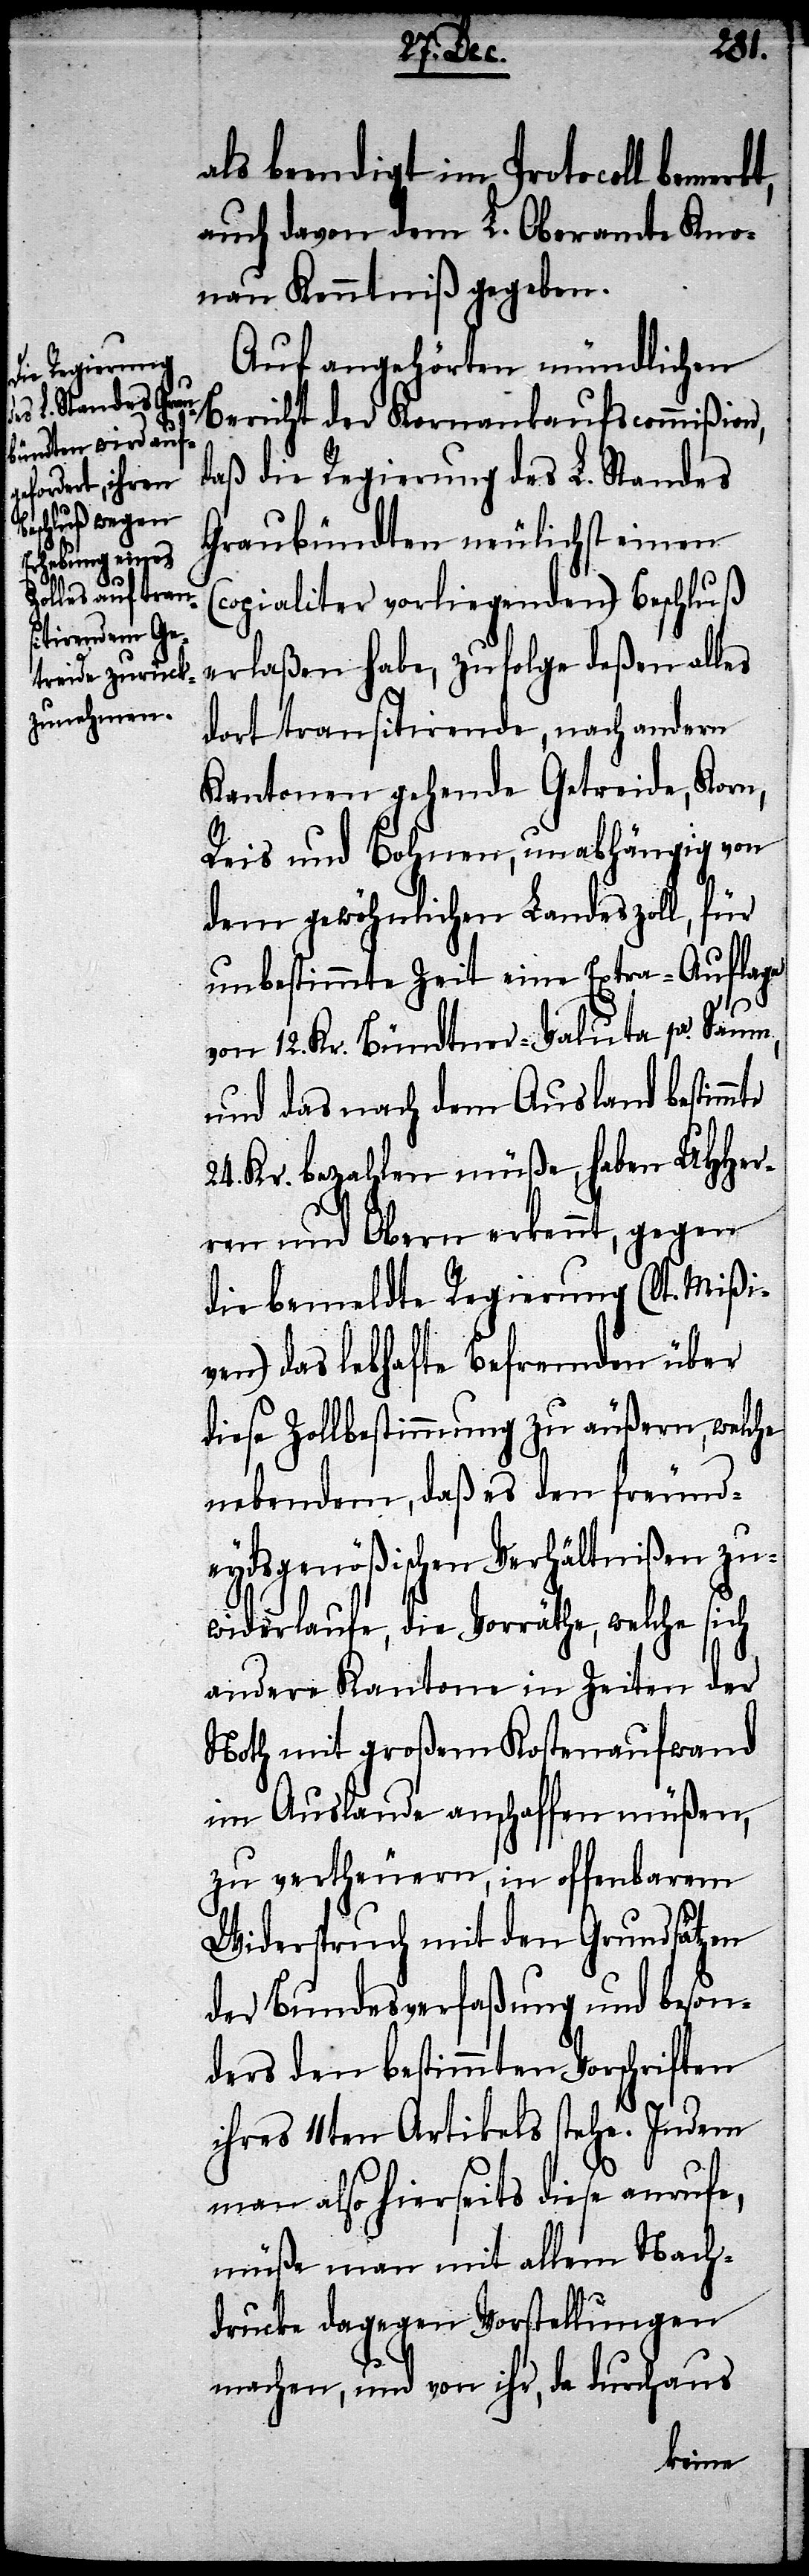
als beendigt im Protocoll bemerkt
auch davon dem L. Oberamte Kno¬
nau Kenntniß gegeben.
Auf angehörten mündlichen
Bericht der Kornankaufscommißion,
daß die Regierung des L. Standes
Graubündten neulichst einen
(copialiter vorliegenden) Beschluß
erlaßen habe, zufolge deßen alles
dort transitirende, nach andern
Kantonen gehende Getreide, Korn,
Reis und Bohnen, unabhängig von
dem gewöhnlichen Landeszoll, für
unbestimmte Zeit eine Extra-Auflage
von 12. Kr. Bündtner-Valuta pr. Saum,
und das nach dem Ausland bestimmte
24. Kr. bezahlen müße, haben UHHer¬
ren und Obern erkennt, gegen
die bemeldte Regierung (lt. Mißi¬
ven) das lebhafte Befremden über
dieses Zollbestimmung zu äußern, welche
nebendem, daß es den freund¬
eydsgenößischen Verhältnißen zu¬
widerlaufe, die Vorräthe, welche sich
andere Kantone in Zeiten der
Noth mit großem Kostenaufwand
im Auslande anschaffen müßen,
zu vertheuern, in offenbarem
Widerspruch mit den Grundsätzen
der Bundesverfaßung und beson¬
ders den bestimmten Vorschriften
ihres 11ten Artikels stehe. Indem
man also hierseits diese anrufe,
müße man mit allem Nach¬
drucke dagegen Vorstellungen
machen, und von ihr, da durchaus